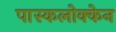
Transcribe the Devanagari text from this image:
पास्कलोक्केन